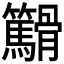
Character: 𬴓